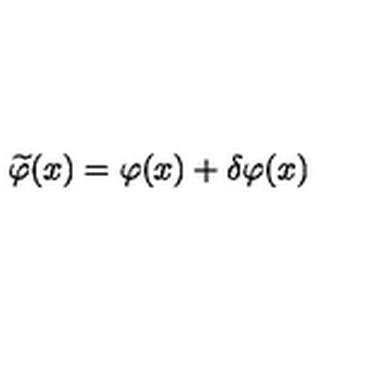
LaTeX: \widetilde \varphi ( x ) = \varphi ( x ) + \delta \varphi ( x )